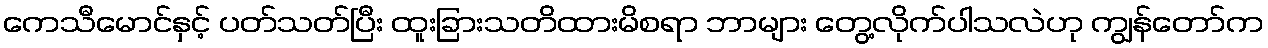
ကေသီမောင်နှင့် ပတ်သတ်ပြီး ထူးခြားသတိထားမိစရာ ဘာများ တွေ့လိုက်ပါသလဲဟု ကျွန်တော်က